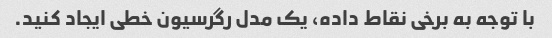
با توجه به برخی نقاط داده، یک مدل رگرسیون خطی ایجاد کنید.